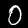
Label: 0